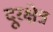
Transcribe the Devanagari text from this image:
दूरक्षेत्र